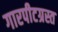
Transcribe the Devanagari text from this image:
गारपीटग्रस्त